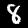
Digit: 8